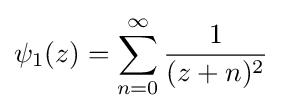
\psi _{1}(z)=\sum _{n=0}^{\infty }{\frac {1}{(z+n)^{2}}}